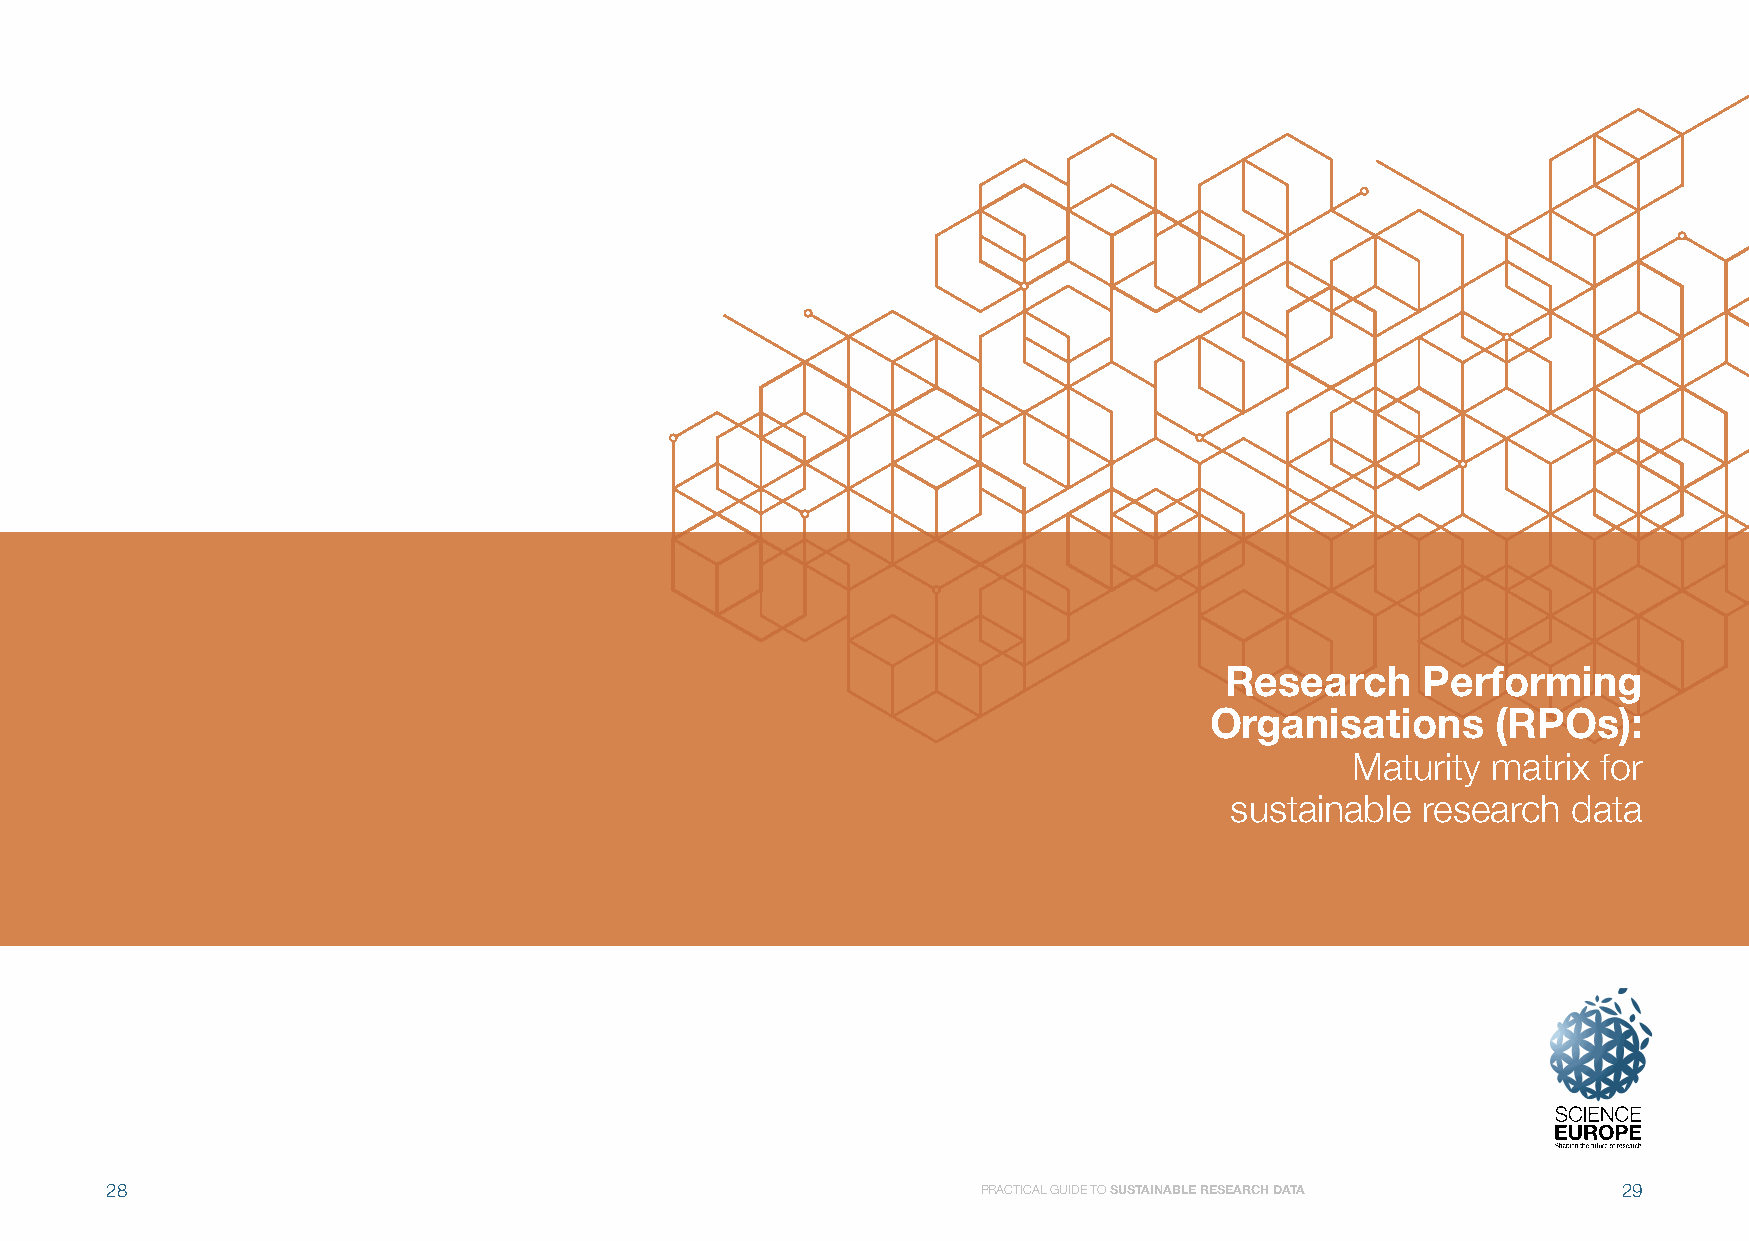
Research     Performing
 Organisations      (RPOs):
 Maturity  matrix for
 sustainable  research  data
 28                                                        PRACTICAL GUIDE TO SUSTAINABLE RESEARCH DATA 29